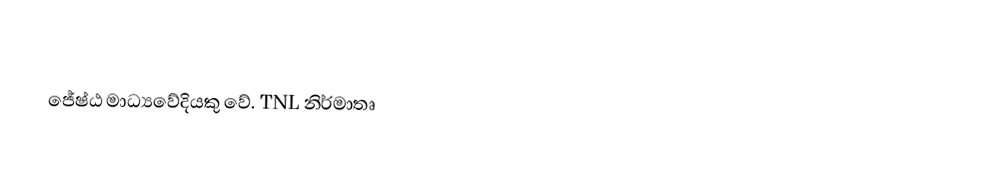
ජේෂ්ඨ මාධ්‍යවේදියකු වේ. TNL නිර්මාතෘ